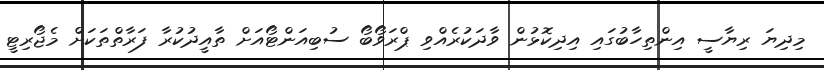
މިދިޔަ ރިޔާސީ އިންތިހާބުގައި އިދިކޮޅުން ވާދަކުރެއްވި ޕްރަވޯބޯ ސުބިއަންޓޯއަށް ތާއީދުކުރާ ފަރާތްތަކަށް މެޖޯރިޓީ